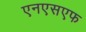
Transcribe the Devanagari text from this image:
एनएसएफ